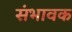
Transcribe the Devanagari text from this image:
संभावक